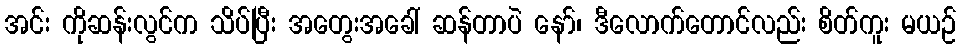
အင်း ကိုဆန်းလွင်က သိပ်ပြီး အတွေးအခေါ် ဆန်တာပဲ နော်၊ ဒီလောက်တောင်လည်း စိတ်ကူး မယဉ်